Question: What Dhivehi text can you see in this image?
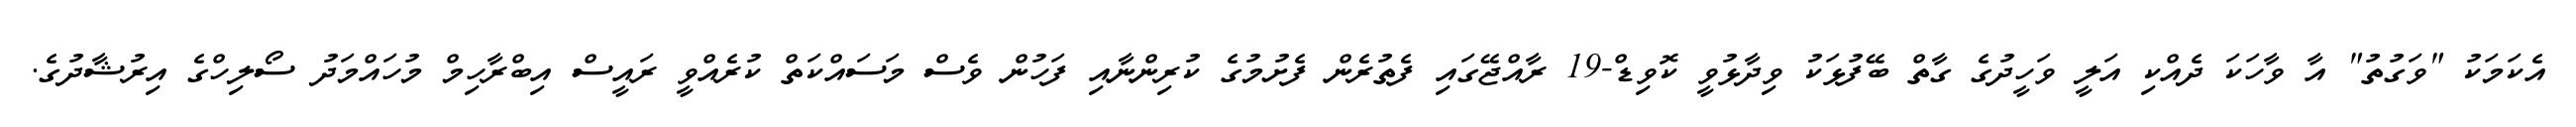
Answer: އެކަމަކު "ވަގުތު" އާ ވާހަކަ ދެއްކި އަލީ ވަހީދުގެ ގާތް ބޭފުޅަކު ވިދާޅުވީ ކޮވިޑް-19 ރާއްޖޭގައި ފެތުރެން ފެށުމުގެ ކުރިންނާއި ފަހުން ވެސް މަސައްކަތް ކުރެއްވީ ރައީސް އިބްރާހިމް މުހައްމަދު ސޯލިހްގެ އިރުޝާދުގެ.